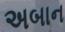
અબાન